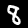
Digit: 8